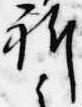
祈